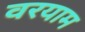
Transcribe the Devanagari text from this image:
वरयाम